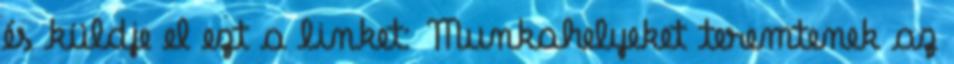
és küldje el ezt a linket: Munkahelyeket teremtenek az